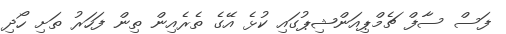
ފަސް ސާފް ޗެމްޕިއަންޝިޕުގައި ކުޅެ އޭގެ ތެރެއިން ތިން ފަހަރު ތަށި ހޯދި